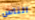
الناس